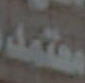
معتمد